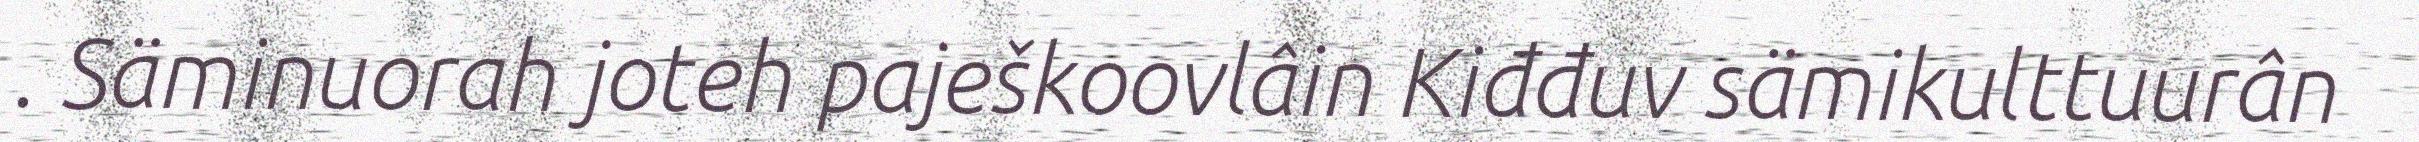
. Säminuorah joteh paješkoovlâin Kiđđuv sämikulttuurân